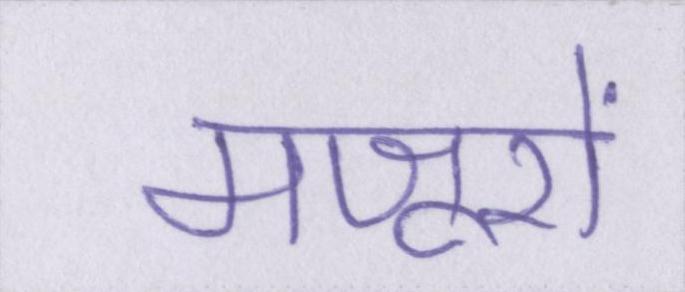
मजूरों